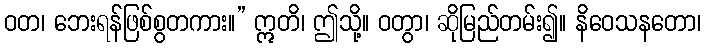
ဝတ၊ ဘေးရန်ဖြစ်စွတကား။” ဣတိ၊ ဤသို့။ ဝတွာ၊ ဆိုမြည်တမ်း၍။ နိဝေသနတော၊